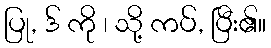
ပြု, ဒ် ကို ၊ သို့ ကပ်, ပြီး၏။